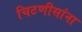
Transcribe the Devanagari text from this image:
चिटणीसांना